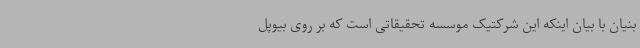
بنیان با بیان اینکه این شرکتیک موسسه تحقیقاتی است که بر روی بیوپل